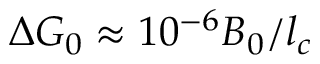
\Delta G _ { 0 } \approx 1 0 ^ { - 6 } B _ { 0 } / l _ { c }